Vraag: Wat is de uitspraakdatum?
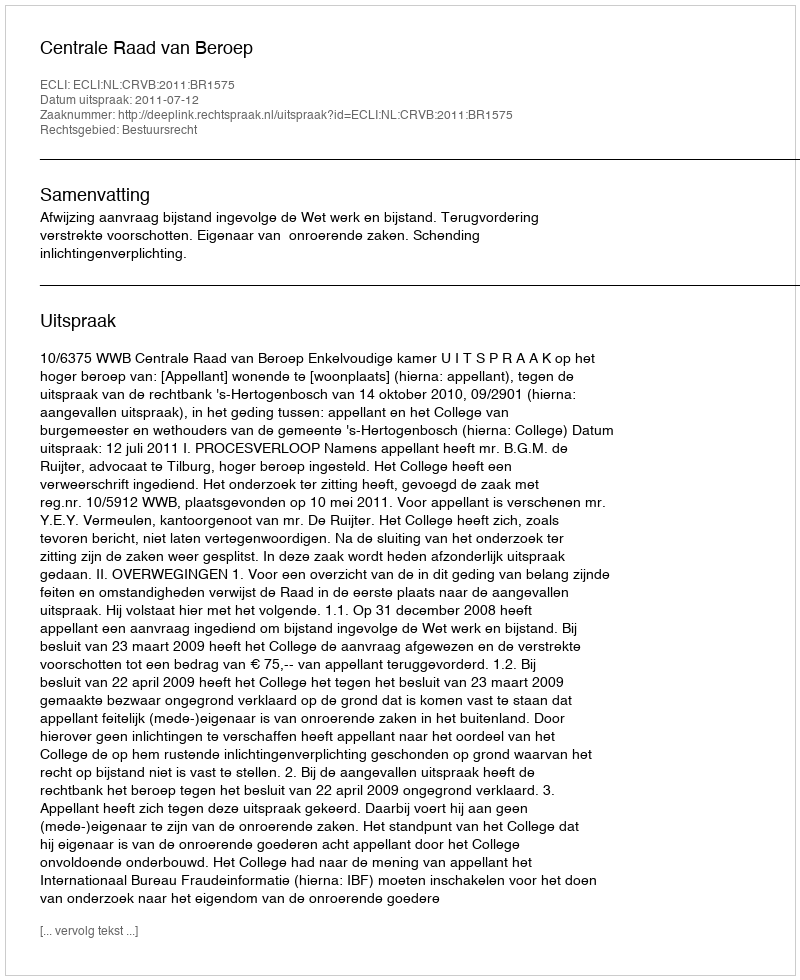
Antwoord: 2011-07-12